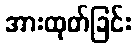
အားထုတ်ခြင်း